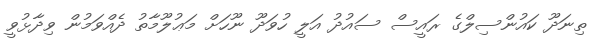
ތިނަދޫ ކައުންސިލްގެ ރައީސް ސައުދު އަލީ ހުވަދޫ ނޫހަށް މަޢުލޫމާތު ދެއްވަމުން ވިދާޅުވީ